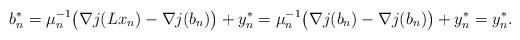
LaTeX: \begin{align*}b_n^*=\mu_n^{-1}\big(\nabla j(Lx_n)-\nabla j(b_n)\big)+y_n^*=\mu_n^{-1}\big(\nabla j(b_n)-\nabla j(b_n)\big)+y_n^*=y_n^*.\end{align*}